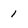
Character: 1